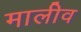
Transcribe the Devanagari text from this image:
मालीव